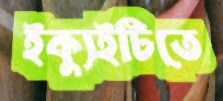
ইক্যুইটিতে